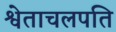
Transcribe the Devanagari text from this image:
श्वेताचलपति